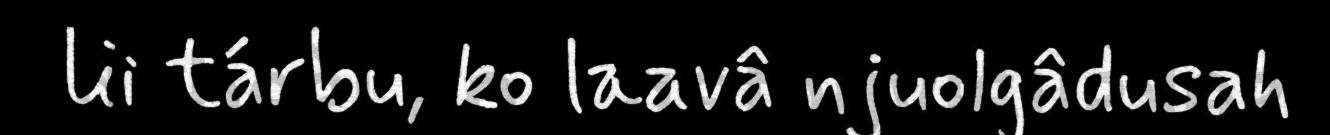
lii tárbu, ko laavâ njuolgâdusah